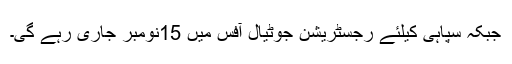
جبکہ سپاہی کیلئے رجسٹریشن جوٹیال آفس میں 15نومبر جاری رہے گی۔